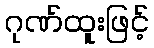
ဂုဏ်ထူးဖြင့်